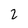
Character: 2